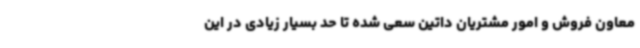
معاون فروش و امور مشتریان داتین سعی شده تا حد بسیار زیادی در این